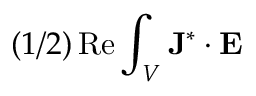
( 1 / 2 ) \operatorname { R e } \int _ { V } \mathbf { J } ^ { * } \cdot \mathbf { E }